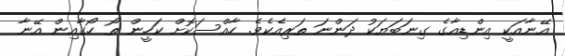
އޭނާއަކީ އިންޑިއާގެ ގިނަބަޔަކު ދަންނަ ތަރިއެކެވެ. ހާއްސަކޮށް ކަހީން ތޯ ހޯޯގާއިން އޭނާ